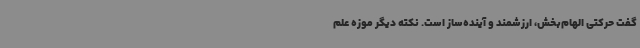
گفت حرکتی الهام‌بخش، ارزشمند و آینده‌ساز است. نکته دیگر موزه علم